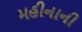
મહીનાની